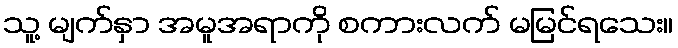
သူ့ မျက်နှာ အမူအရာကို စကားလက် မမြင်ရသေး။